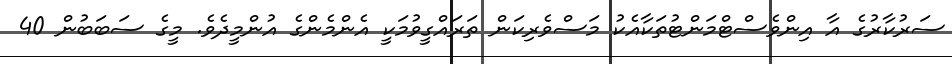
ސަރުކާރުގެ އާ އިންވެސްޓްމަންޓުތަކާއެކު މަސްވެރިކަން ތަރައްގީވުމަކީ އެންމެންގެ އުންމީދެވެ. މީގެ ސަބަބުން 40